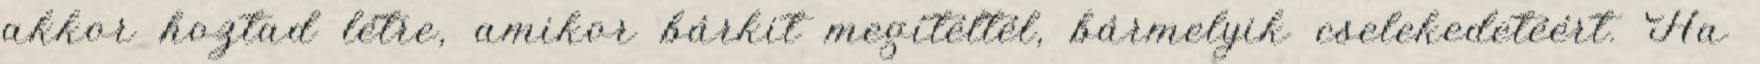
akkor hoztad létre, amikor bárkit megítéltél, bármelyik cselekedetéért. Ha